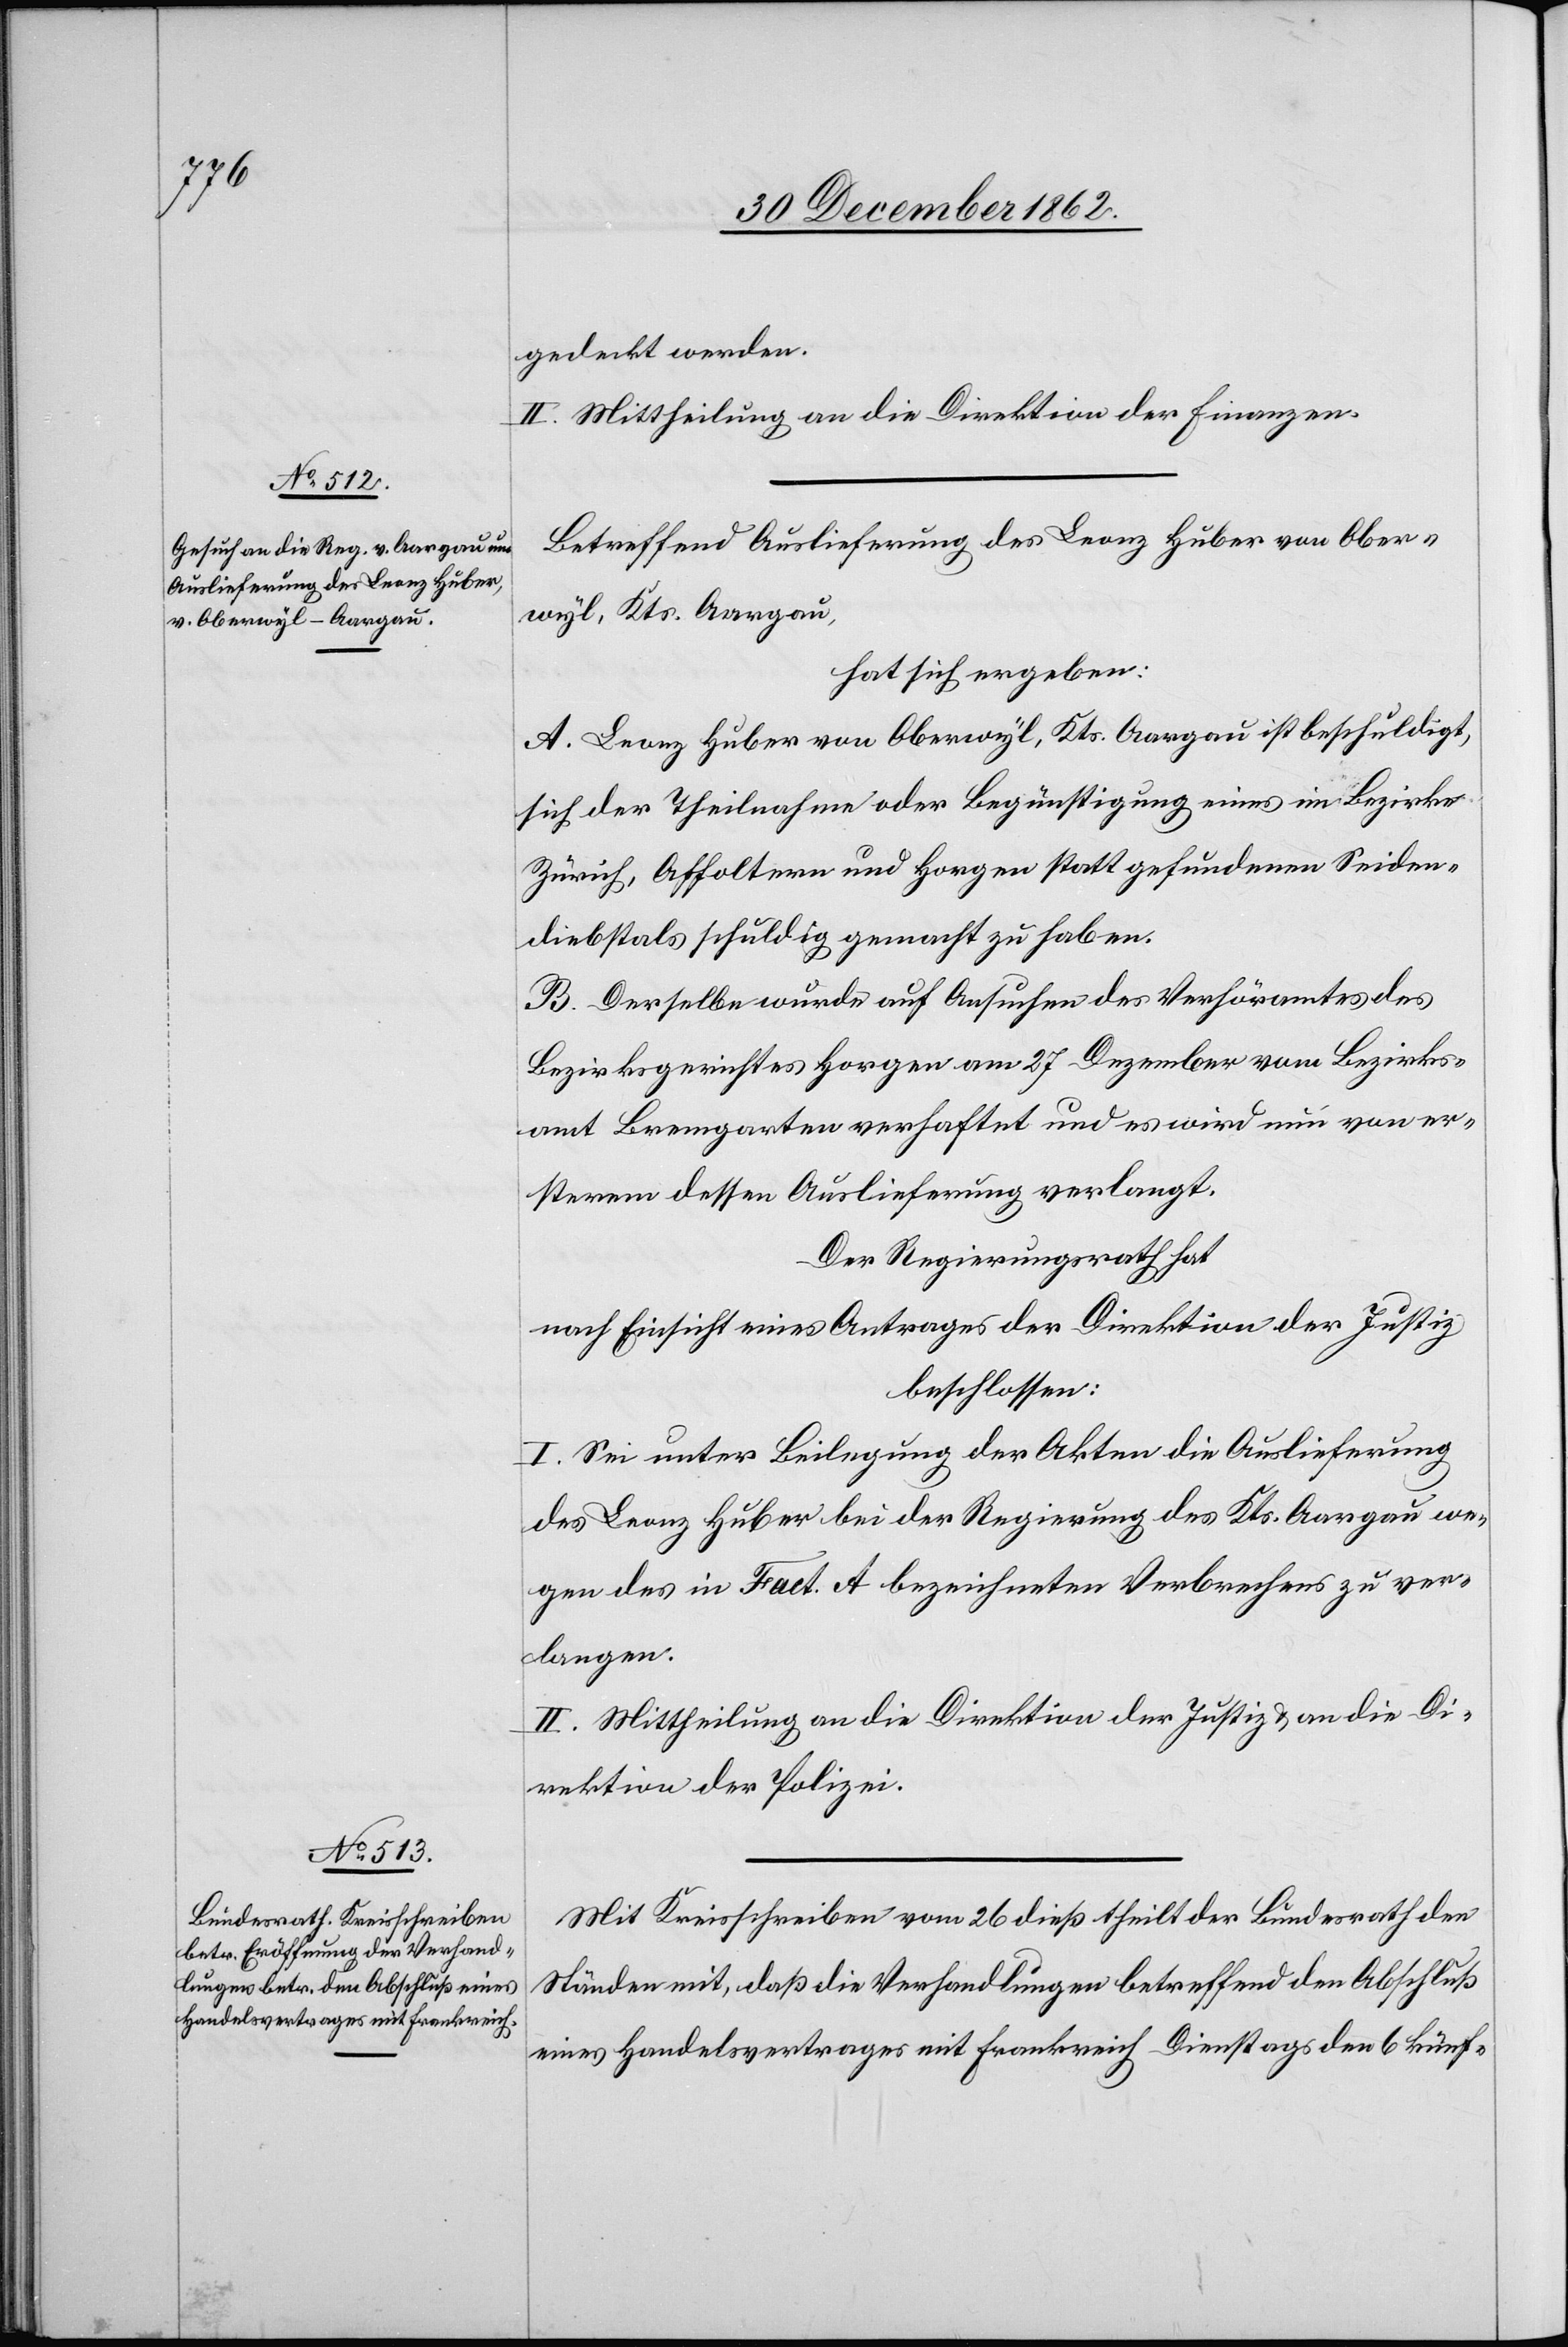
Betreffend Auslieferung des Leonz Huber von Ober¬
wyl, Kts. Aargau,
hat sich ergeben:
A. Leonz Huber von Oberwyl, Kts. Aargau ist beschuldigt,
sich der Theilnahme oder Begünstigung eines im Bezirke
Zürich, Affoltern und Horgen statt gefundenen Seiden¬
diebstals schuldig gemacht zu haben.
B. Derselbe wurde auf Ansuchen des Verhöramtes des
Bezirksgerichtes Horgen am 27. Dezember vom Bezirks¬
amt Bremgarten verhaftet und es wird nun von er¬
sterem dessen Auslieferung verlangt.
Der Regierungsrath hat
nach Einsicht eines Antrages der Direktion der Justiz
beschlossen:
I. Sei unter Beilegung der Akten die Auslieferung
des Leonz Huber bei der Regierung des Kts. Aargau we¬
gen des in Fact. A bezeichneten Verbrechens zu ver¬
langen.
II. Mittheilung an die Direktion der Justiz u. an die Di¬
rektion der Polizei.
Mit Kreisschreiben vom 26. dieß theilt der Bundesrath den
Ständen mit, daß die Verhandlungen betreffend den Abschluß
eines Handelsvertrages mit Frankreich Dienstags den 6 künf-